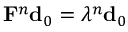
{ \bf F } ^ { n } { \bf d } _ { 0 } = \lambda ^ { n } { \bf d } _ { 0 }